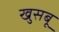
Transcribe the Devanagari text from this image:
खुसबू